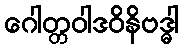
ဂေါတ္တဝါဒဝိနိဗဒ္ဓါ